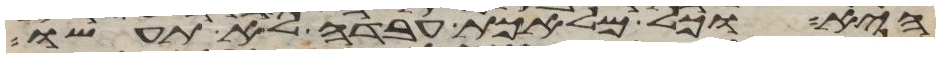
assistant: היא וכל מלאכת עבדה לא תעשו